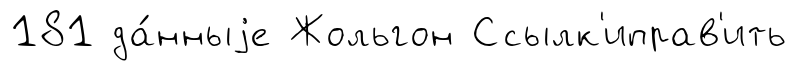
181 да́нныjе Жольгон Ссылк'иправ'ить